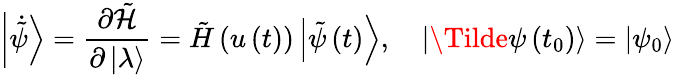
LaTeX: {\left|\dot{\tilde{\psi}}\right\rangle}=\frac{\partial\tilde{\mathcal{H}}}{\partial\left|\lambda\right\rangle}=\tilde{H}\left(u\left(t\right)\right)\left|\tilde{\psi}\left(t\right)\right\rangle,\quad\left|\Tilde{\psi}\left({{t}_{0}}\right)\right\rangle=\left|{{\psi}_{0}}\right\rangle